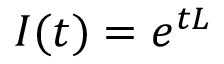
I ( t ) = e ^ { t L }